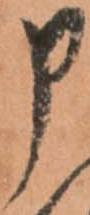
申